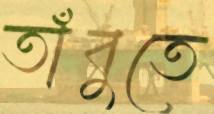
তাঁবুতে